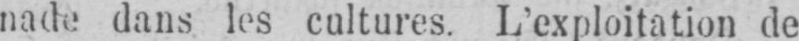
nade dans les cultures. L’exploitation de